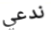
ندعي